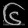
Digit: ၆